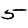
Digit: 5